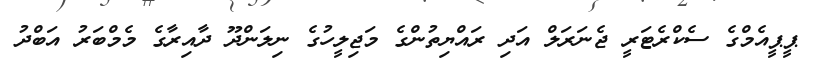
ޕީޕީއެމްގެ ސެކްރެޓަރީ ޖެނަރަލް އަދި ރައްޔިތުންގެ މަޖިލީހުގެ ނިލަންދޫ ދާއިރާގެ މެމްބަރު އަބްދު